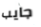
جايب